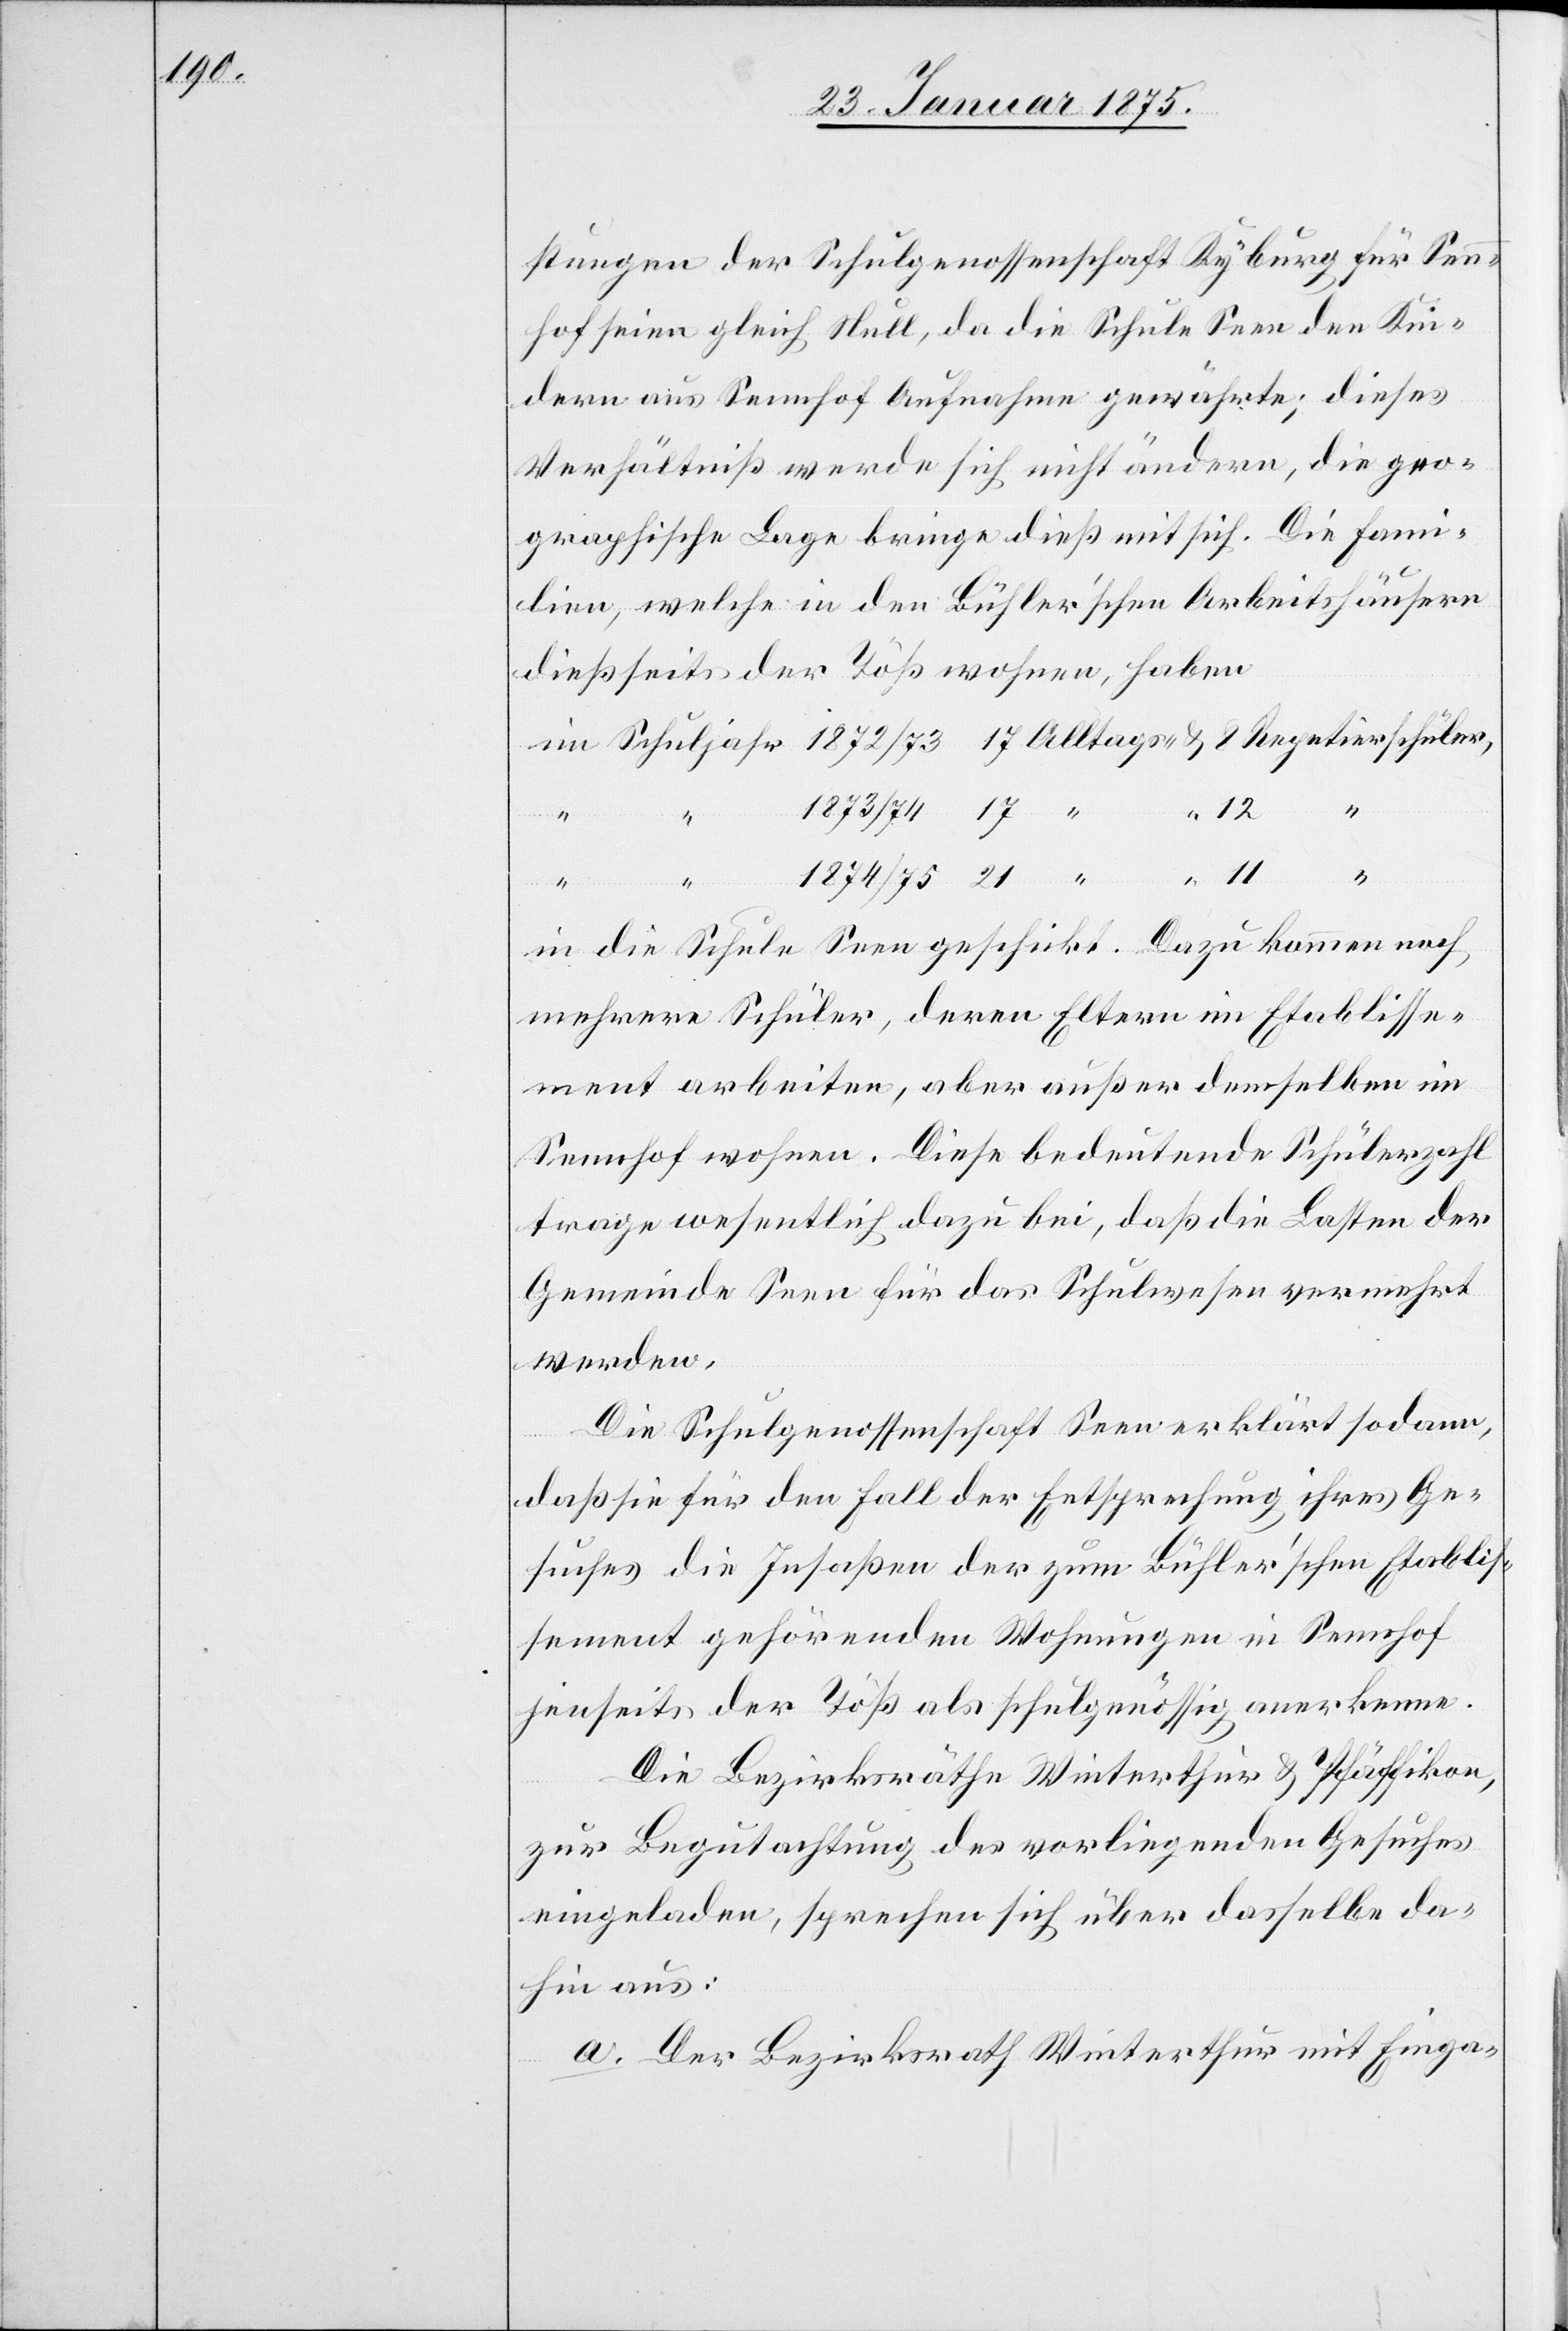
stungen der Schulgenossenschaft Kyburg für Sen¬
nhof seien gleich Null, da die Schule Seen den Kin¬
dern aus Sennhof Aufnahme gewährte; dieses
Verhältniß werde sich nicht ändern, die geo¬
graphische Lage bringe dieß mit sich. Die Fam¬
ilien, welche in den Bühler’schen Arbeitshäusern
dießseits der Töß wohnen, haben
Repetierschüler,
17
12
in die Schule Seen geschickt. Dazu kommen noch
mehrere Schüler, deren Eltern im Etablisse¬
ment arbeiten, aber außer demselben im
Sennhof wohnen. Diese bedeutende Schülerzahl
trage wesentlich dazu bei, daß die Lasten der
Gemeinde Seen für das Schulwesen vermehrt
werden.
Die Schulgenossenschaft Seen erklärt sodann,
daß sie für den Fall der Entsprechung ihres Ge¬
suches die Insaßen der zum Bühler’schen Etablis¬
sement gehörenden Wohnungen in Sennhof
jenseits der Töß als schulgenössig anerkenne.
Die Bezirksräthe Winterthur & Pfäffikon,
zur Begutachtung des vorliegenden Gesuches
eingeladen, sprechen sich über dasselbe da¬
hin aus:
a. Der Bezirksrath Winterthur mit Einga-